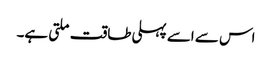
اس سے اسے پہلی طاقت ملتی ہے۔